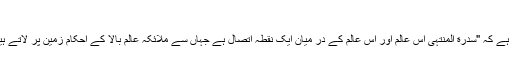
واللہ اعلم” (2)
مو لا نا عبد الماجد دریا آبادی (3) نے تحریر فر ما یا ہے کہ "سدرة المنتہیٰ اس عالم اور اس عالم کے در میان ایک نقطہ اتصال ہے جہاں سے ملائکہ عالم بالا کے احکام زمین پر لاتے ہیں اور یہاں کے اعمال مسعود وہاں تک پہنچاتے ہیں ۔